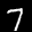
Label: 7